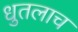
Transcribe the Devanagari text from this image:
धुतलाच